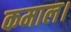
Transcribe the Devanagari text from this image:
कमाल।